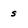
Character: s